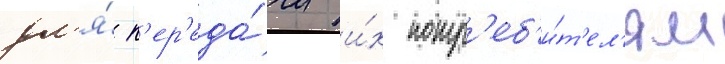
дл'я́ п'ер'еда́чи и́х потр'еб'и́т'ел'ям